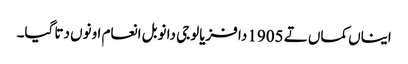
ایناں کماں تے 1905 دا فزیالوجی دا نوبل انعام اونوں دتا گیا۔